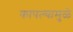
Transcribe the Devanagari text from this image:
कापल्यामुळे